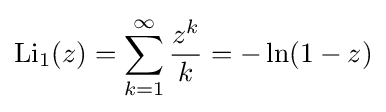
\operatorname {Li} _{1}(z)=\sum _{k=1}^{\infty }{\frac {z^{k}}{k}}=-\ln(1-z)